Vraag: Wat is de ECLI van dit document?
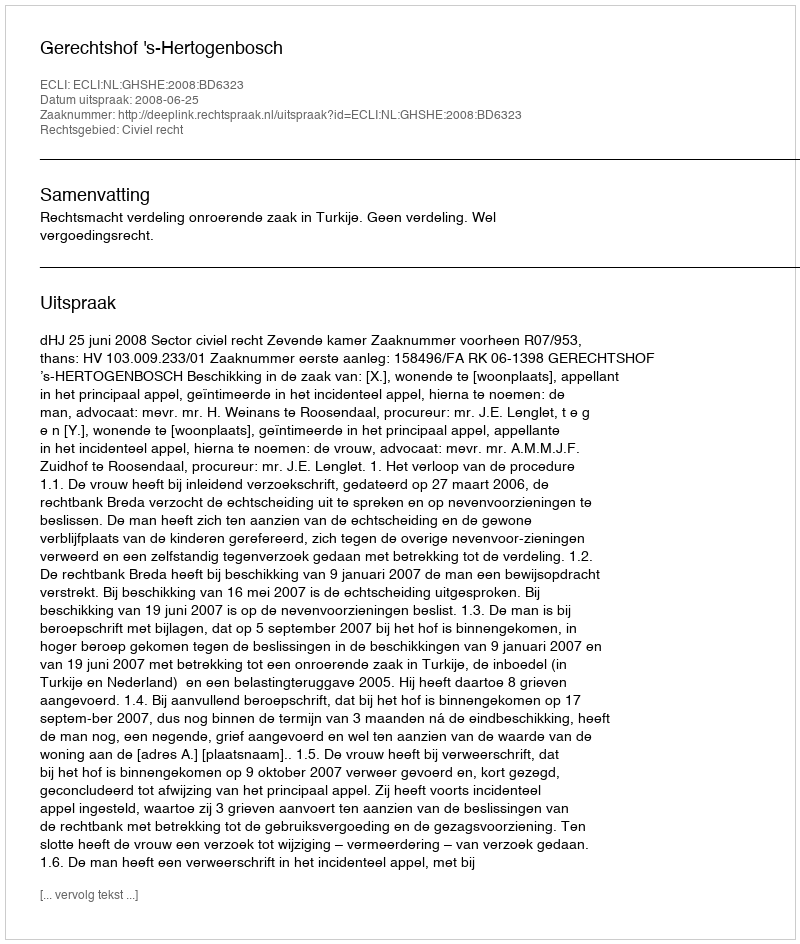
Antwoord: ECLI:NL:GHSHE:2008:BD6323